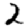
Digit: 2